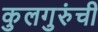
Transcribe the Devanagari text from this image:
कुलगुरुंची